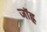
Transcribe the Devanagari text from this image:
जॉह्न